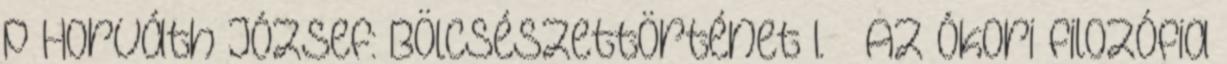
p Horváth József: Bölcsészettörténet I. – Az ókori filozófia